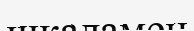
шкаламен